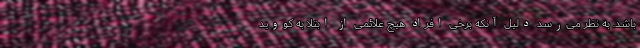
باشد. به نظر می‌رسد دلیل آنکه برخی افراد هیچ علائمی از ابتلا به کووید